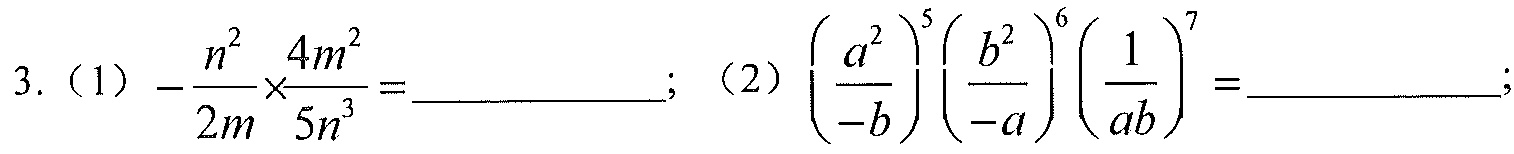
3.（1）\(-\dfrac{n^{2}}{2m}\times\dfrac{4m^{2}}{5n^{3}}=\underline{\quad\quad}\); （2）\(\left(\dfrac{a^{2}}{-b}\right)^{5}\left(\dfrac{b^{2}}{-a}\right)^{6}\left(\dfrac{1}{ab}\right)^{7}=\underline{\quad\quad}\);